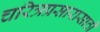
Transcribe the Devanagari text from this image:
चरित्रप्रसारासाठी